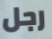
رجل